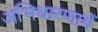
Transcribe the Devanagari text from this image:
अभिधारणायें